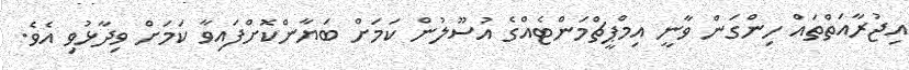
އިޖުރާއަތްތައް ހިންގަން ވާނީ އިމްޕީޗްމަންޓެއްގެ އުސޫލުން ކަމަށް ބަޔާންކޮށްފައިވާ ކަމަށް ވިދާޅުވި އެވެ.